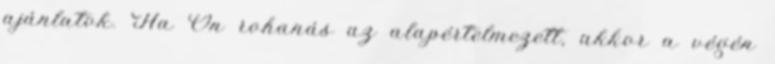
ajánlatok. Ha Ön rohanás az alapértelmezett, akkor a végén